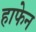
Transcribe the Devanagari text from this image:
हाफेन